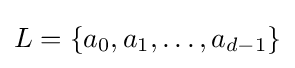
L=\{a_{0},a_{1},\ldots ,a_{d-1}\}